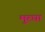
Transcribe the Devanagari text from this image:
मुरघा